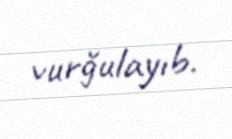
vurğulayıb.